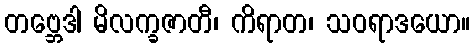
တဗ္ဘေဒါ မိလက္ခဇာတီ၊ ကိရာတ၊ သဝရာဒယော။